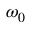
\omega _ { 0 }